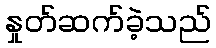
နှုတ်ဆက်ခဲ့သည်